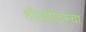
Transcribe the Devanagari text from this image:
हॉटशॉटस्चा